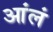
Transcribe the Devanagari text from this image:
आंलं